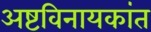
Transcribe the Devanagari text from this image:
अष्टविनायकांत